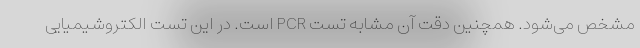
مشخص می‌شود. همچنین دقت آن مشابه تست PCR است. در این تست الکتروشیمیایی